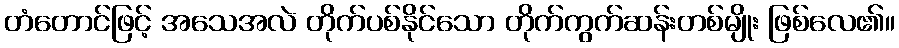
တံတောင်ဖြင့် အသေအလဲ တိုက်ပစ်နိုင်သော တိုက်ကွက်ဆန်းတစ်မျိုး ဖြစ်လေ၏။